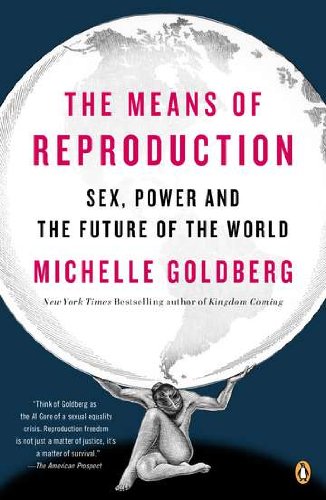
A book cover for The Means of Reproduction: Sex, Power, and the Future of the World; Michelle Goldberg; Politics & Social Sciences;